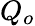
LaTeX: Q_{o}